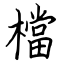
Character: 檔